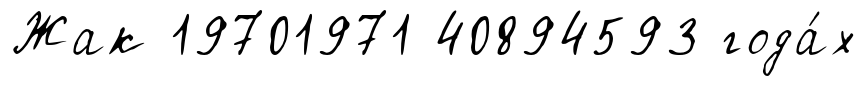
Жак 19701971 40894593 года́х